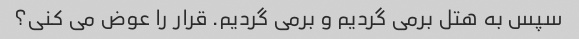
سپس به هتل برمی گردیم و برمی گردیم. قرار را عوض می کنی؟